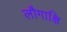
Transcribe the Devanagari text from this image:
लौगाक्षि